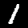
Label: 1